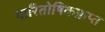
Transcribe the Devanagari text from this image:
पारितोषिकप्राप्त